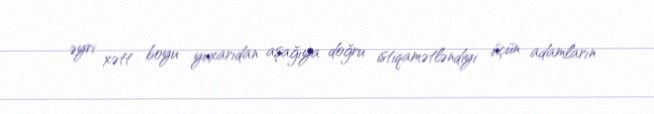
əyri xətt boyu yuxarıdan aşağıya doğru istiqamətləndiyi üçün adamların